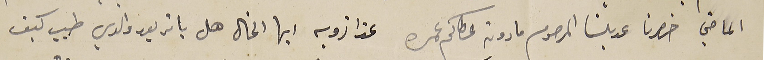
الماضي خصرنا عديلنا المرحوم مارون عطاكم عمره عزا زويه ايها الخال هل يا تر بعد والدي طيب كيف